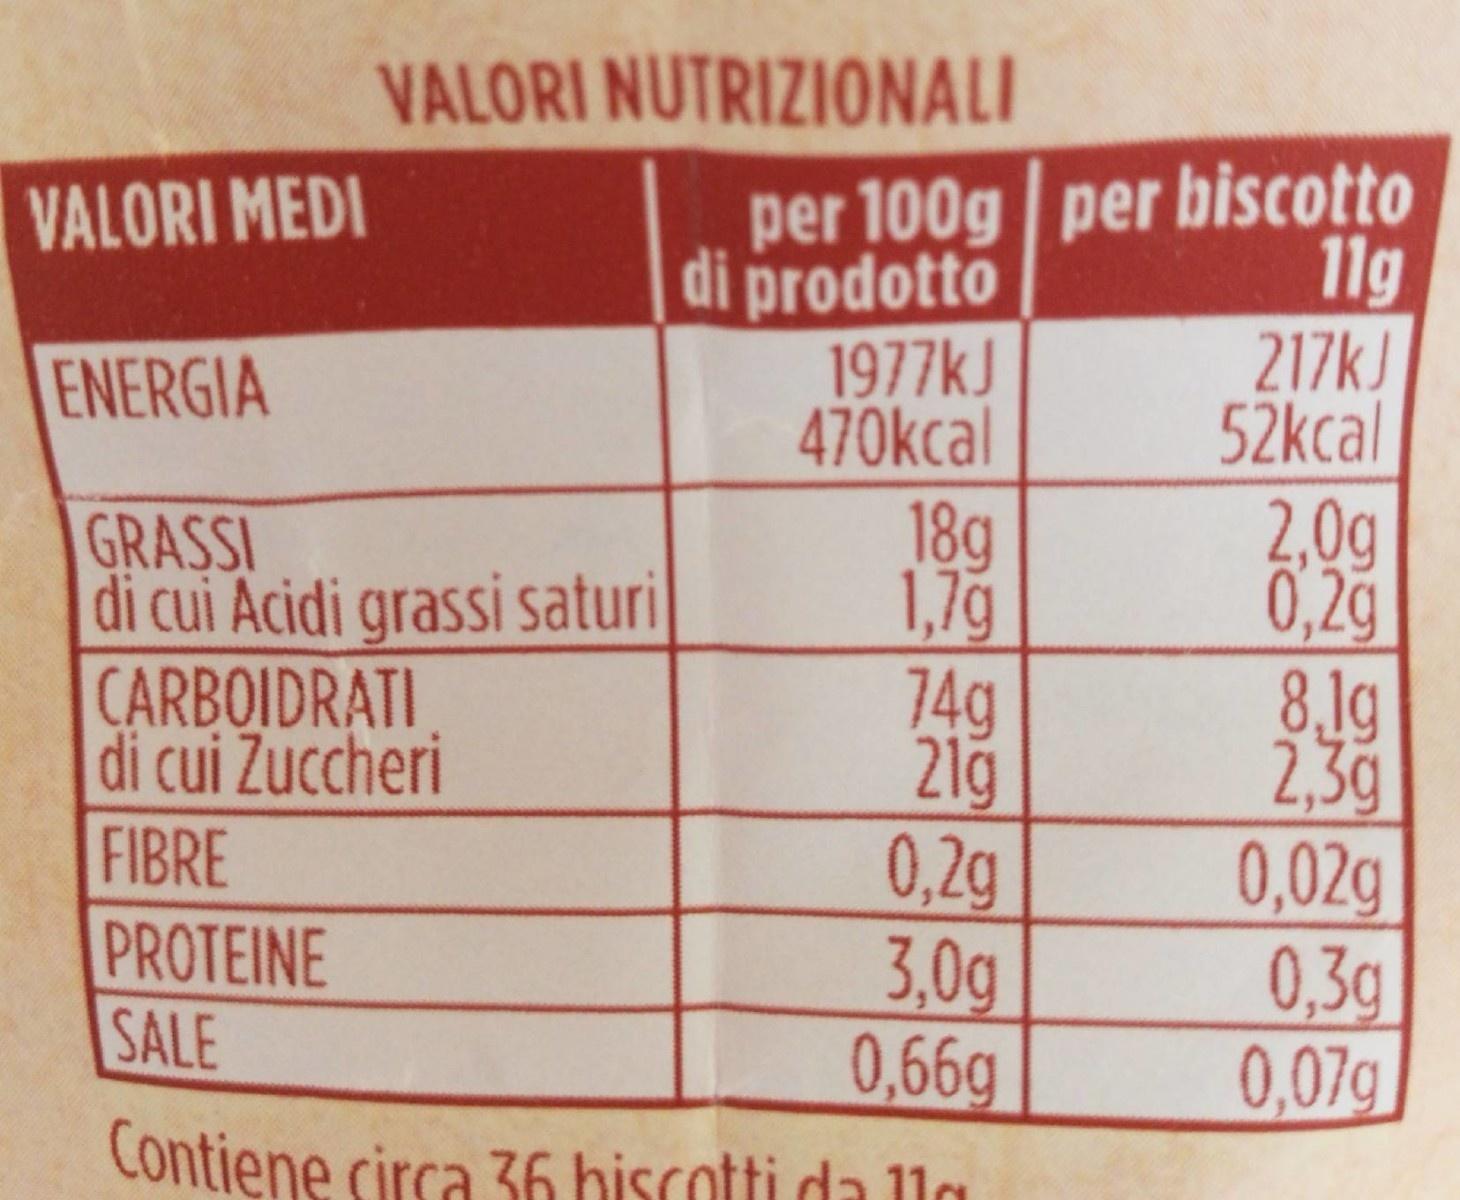
VALORI NUTRIZIONALI
per 100g per biscotto di prodotto 1977kJ 470kcal
VALORI MEDI
11g 217kJ 52kcal
ENERGIA
18g 1,7g 74g 21g 0,2g 3,0g 0,66g Contiene circa 36 hiscotti da 11g
2,0g 0,2g 8.1g 2,3g 0,02g 0,3g 0,07g
GRASSI di cui Acidi grassi saturi CARBOIDRATI di cui Zuccheri
FIBRE
PROTEINE
SALE